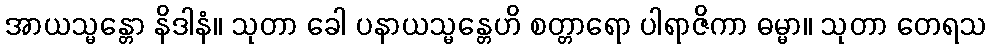
အာယသ္မန္တော နိဒါနံ။ သုတာ ခေါ ပနာယသ္မန္တေဟိ စတ္တာရော ပါရာဇိကာ ဓမ္မာ။ သုတာ တေရသ